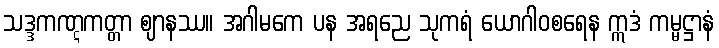
သဒ္ဒကဏ္ဋကတ္တာ ဈာနဿ။ အဂါမကေ ပန အရညေ သုကရံ ယောဂါဝစရေန ဣဒံ ကမ္မဋ္ဌာနံ